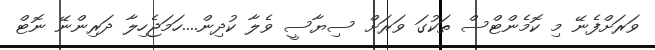
ވަރަށްފެނޭ މި ކޮމެންޓްސް ތަކުގަ ވަރަށް ސިޔާސީ ވެލާ ކުދިން....ހަމަޖެހިލާ ދަރިންނޭ ނޮޓް